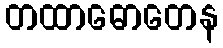
တထာဓောတေန